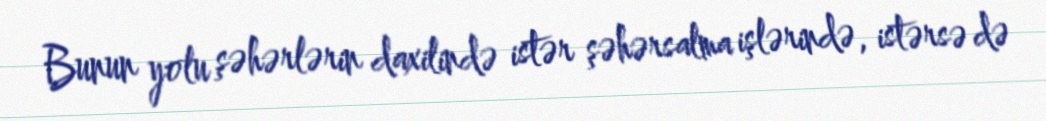
Bunun yolu şəhərlərin daxilində istər şəhərsalma işlərində, istərsə də